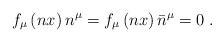
\begin{align*}f_\mu \left( nx\right) n^\mu =f_\mu \left( nx\right)\bar n^\mu =0 \;.\end{align*}